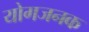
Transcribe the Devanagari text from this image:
योगजनक